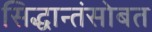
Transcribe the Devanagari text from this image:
सिद्धान्तंसोबत